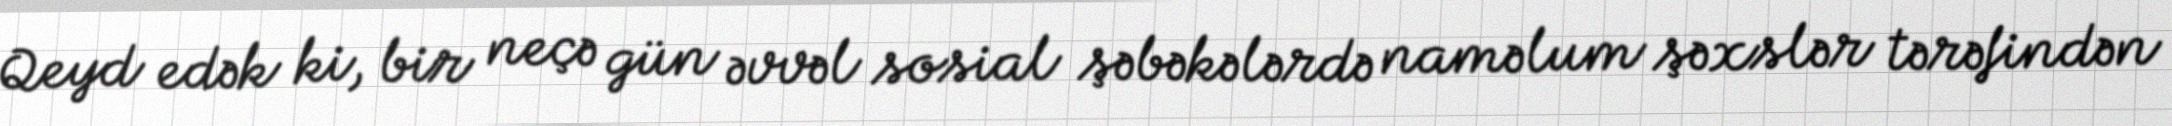
Qeyd edək ki, bir neçə gün əvvəl sosial şəbəkələrdə naməlum şəxslər tərəfindən